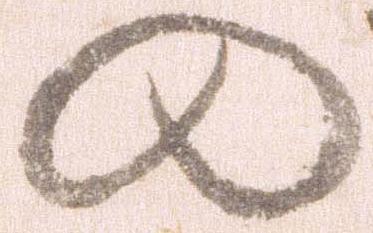
の